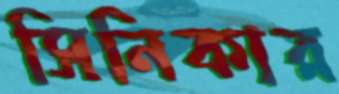
সিনিকার